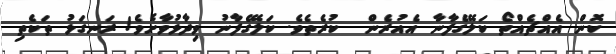
ކޮން އެއްޗެއްތޯ ކަލޭގެފާނާ އެއުރެން  ކުރެތެވެ. ކަލޭގެފާނު ވިދާޅުވާށެވެ! ރަނގަޅު ތަކެތި